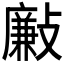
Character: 𣀃